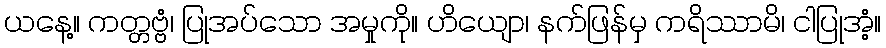
ယနေ့။ ကတ္တဗ္ဗံ၊ ပြုအပ်သော အမှုကို။ ဟိယျော၊ နက်ဖြန်မှ ကရိဿာမိ၊ ငါပြုအံ့။